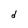
Character: d